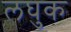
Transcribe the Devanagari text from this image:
लघुक